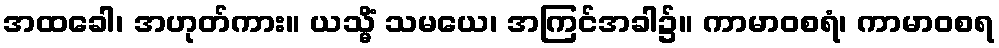
အထခေါ၊ အဟုတ်ကား။ ယသ္မိံ သမယေ၊ အကြင်အခါ၌။ ကာမာဝစရံ၊ ကာမာဝစရ